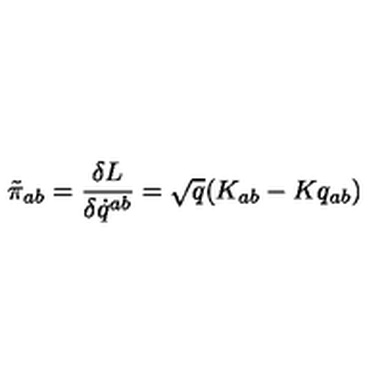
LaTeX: \tilde { \pi } _ { a b } = { \frac { \delta L } { \delta \dot { q } ^ { a b } } } = \sqrt { q } ( K _ { a b } - K q _ { a b } )